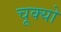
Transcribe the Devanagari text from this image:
चूक्यो